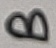
Text: B